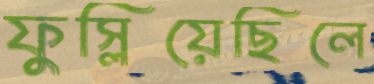
ফুস্‌লিয়েছিলে